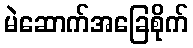
မဲဆောက်အခြေစိုက်